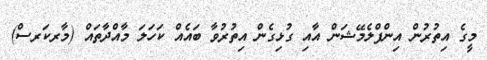
މީގެ އިތުރުން އިންފްލެމޭޝަން އާއި ގުޅިގެން އިތުރުވާ ބައެއް ކަހަލަ މާއްދާތައް (މާރކަރސް)